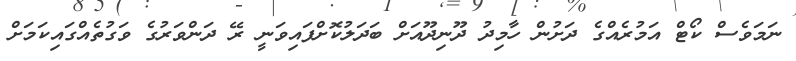
ނަމަވެސް ކޯޓް އަމުރެއްގެ ދަށުން ހާމިދު ދޫނިދޫއަށް ބަދަލުކޮށްފައިވަނީ ރޭ ދަންވަރުގެ ވަގުތެއްގައިކަމަށް